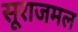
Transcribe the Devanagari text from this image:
सूराजमल